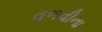
વળવીના